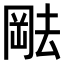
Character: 𫤷